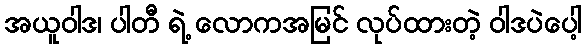
အယူဝါဒ၊ ပါတီ ရဲ့ လောကအမြင် လုပ်ထားတဲ့ ဝါဒပဲပေါ့